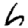
Digit: 6